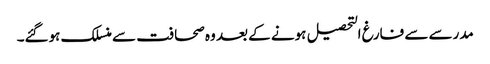
مدرسے سے فارغ التحصیل ہونے کے بعد وہ صحافت سے منسلک ہوگئے۔